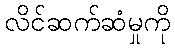
လိင်ဆက်ဆံမှုကို